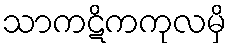
သာကဋိကကုလမှိ